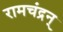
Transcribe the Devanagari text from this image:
रामचंद्रन्‌